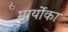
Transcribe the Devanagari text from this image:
मार्योका